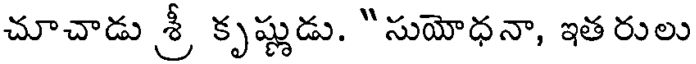
చూచాడు శ్రీ కృష్ణుడు. "సుయోధనా, ఇతరులు